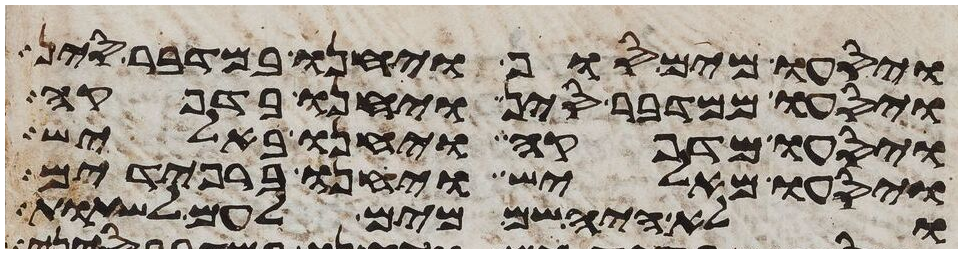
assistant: ויסעו מים סוף ויחנו במדבר סין
ויסעו ממדבר סין ויחנו בדפקה
ויסעו מדפקה ויחנו באליש
ויסעו מאליש ויחנו ברפידים
ולא היה שם מים לעם לשתות